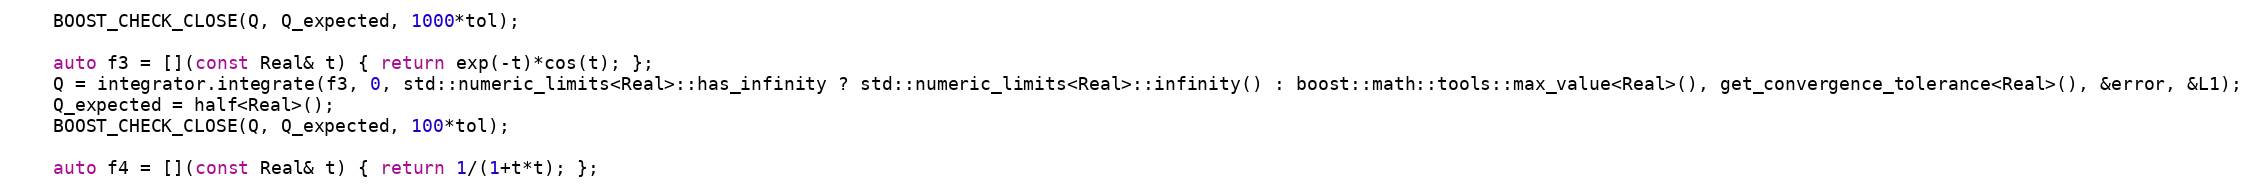
Language: C++
    BOOST_CHECK_CLOSE(Q, Q_expected, 1000*tol);

    auto f3 = [](const Real& t) { return exp(-t)*cos(t); };
    Q = integrator.integrate(f3, 0, std::numeric_limits<Real>::has_infinity ? std::numeric_limits<Real>::infinity() : boost::math::tools::max_value<Real>(), get_convergence_tolerance<Real>(), &error, &L1);
    Q_expected = half<Real>();
    BOOST_CHECK_CLOSE(Q, Q_expected, 100*tol);

    auto f4 = [](const Real& t) { return 1/(1+t*t); };